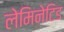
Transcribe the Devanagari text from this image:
लेमिनेटिड